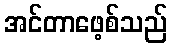
အင်တာဖေ့စ်သည်